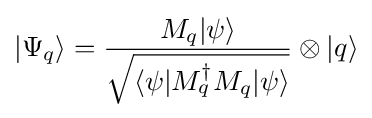
|\Psi _{q}\rangle ={\frac {M_{q}|\psi \rangle }{\sqrt {\langle \psi |M_{q}^{\dagger }M_{q}|\psi \rangle }}}\otimes |q\rangle